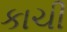
કાચી